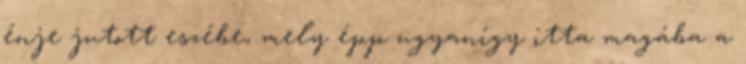
énje jutott eszébe, mely épp ugyanígy itta magába a